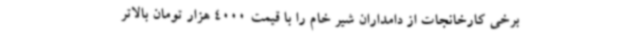
برخی کارخانجات از دامداران شیر خام را با قیمت 4000 هزار تومان بالاتر